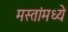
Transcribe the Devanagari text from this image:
मस्तांमध्ये